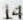
14